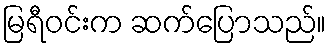
မြရီဝင်းက ဆက်ပြောသည်။